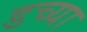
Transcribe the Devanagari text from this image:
डच्या